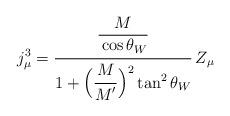
LaTeX: \begin{align*}j^3_\mu=\frac{\frac{\strut\displaystyle M}{\strut\displaystyle\cos\theta_W}}{1+\strut\displaystyle\Bigl(\frac{\strut\displaystyle M}{\strut\displaystyle M^\prime}\Bigr)^2\tan^2\theta_W}\,Z_\mu\end{align*}